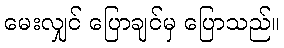
မေးလျှင် ပြောချင်မှ ပြောသည်။